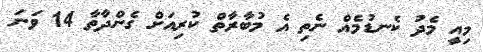
މިއީ މެދު ކެނޑުމެއް ނެތި އެ މުބާރާތް ކުރިއަށް ގެންދާތާ 14 ވަނަ